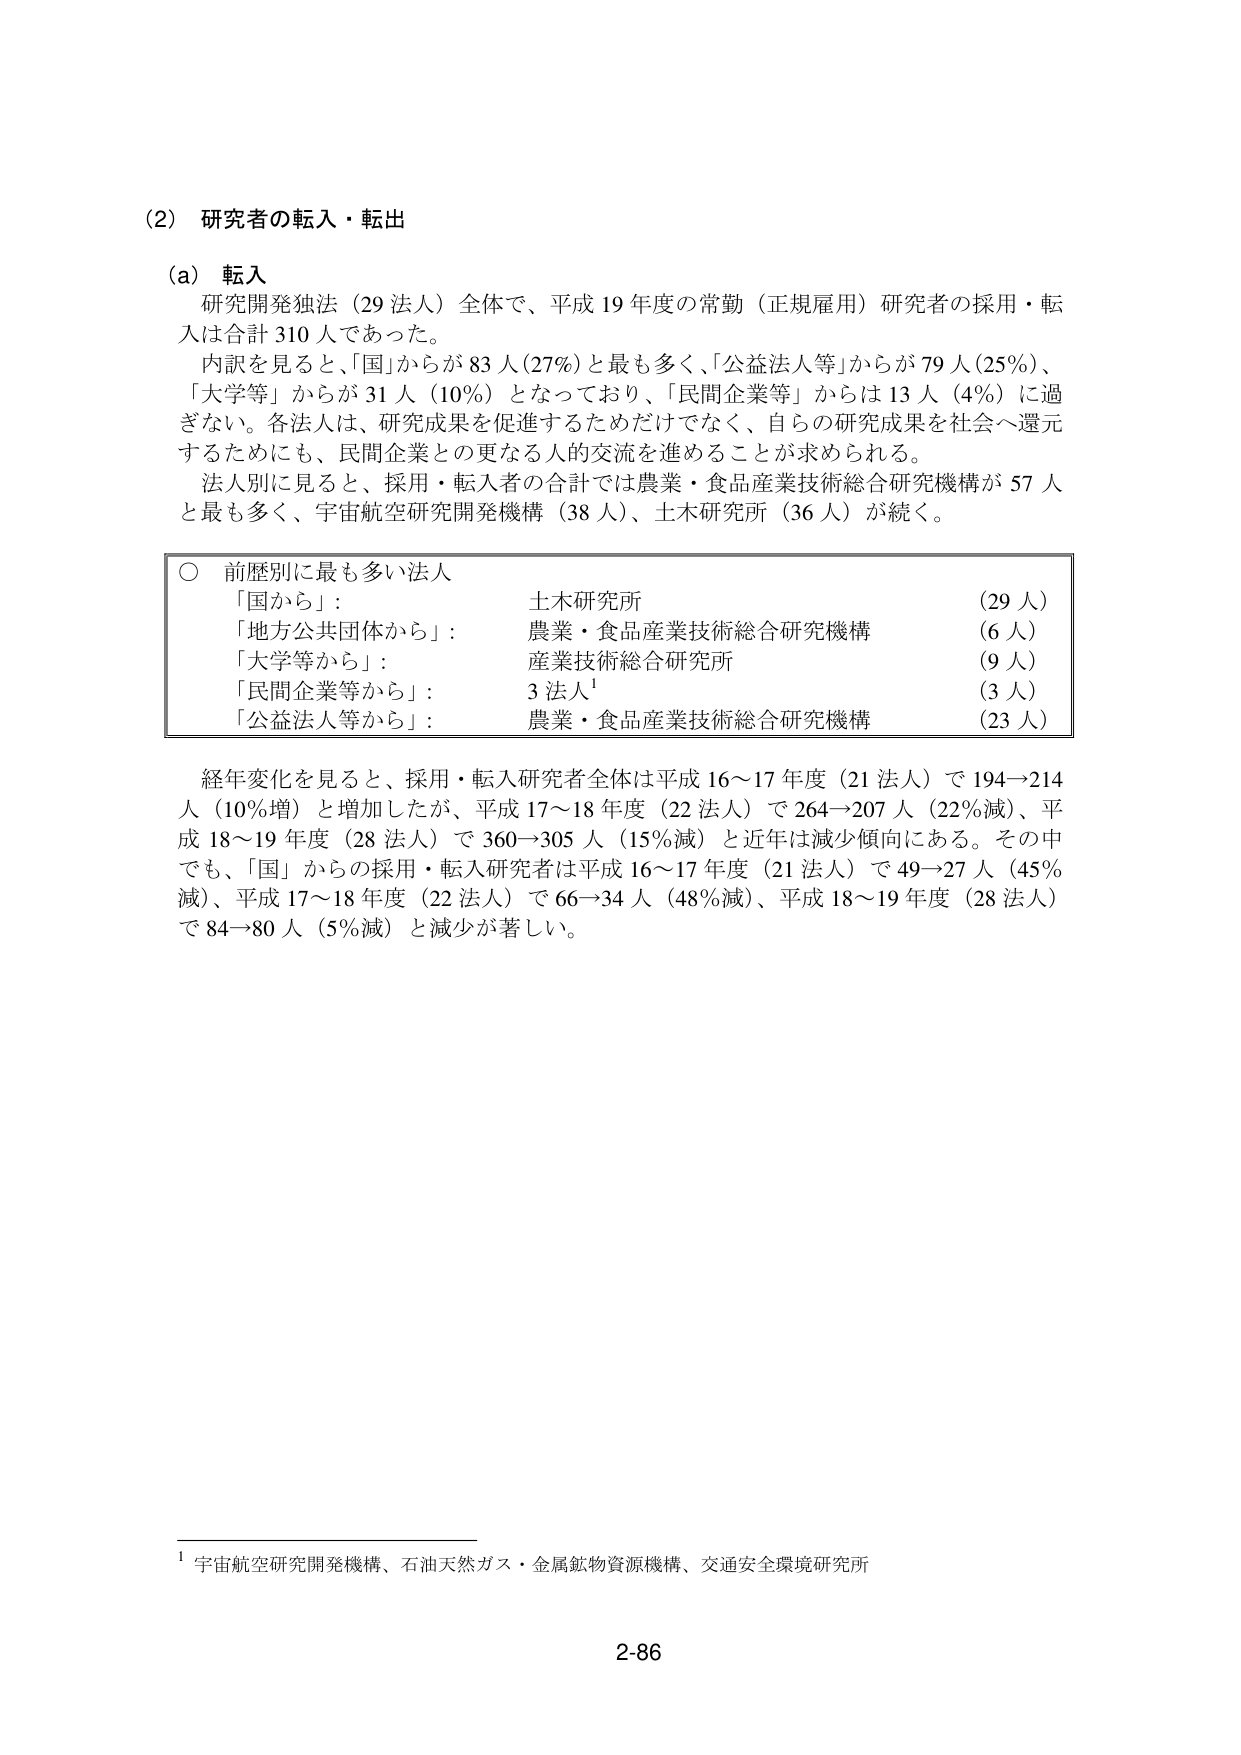
(2) 研究者の転入・転出

(a) 転入
研究開発独法（29法人）全体で、平成19年度の常勤（正規雇用）研究者の採用・転入は合計310人であった。
内訳を見ると、「国」からが83人（27%）と最も多く、「公益法人等」からが79人（25%）、「大学等」からが31人（10%）となっており、「民間企業等」からは13人（4%）に過ぎない。各法人は、研究成果を促進するためだけではなく、自らの研究成果を社会へ還元するためにも、民間企業との更なる人的交流を進めることが求められる。
法人別に見ると、採用・転入者の合計では農業・食品産業技術総合研究機構が57人と最も多く、宇宙航空研究開発機構（38人）、土木研究所（36人）が続く。

○ 前歴別に最も多い法人
「国から」： 土木研究所 （29人）
「地方公共団体から」： 農業・食品産業技術総合研究機構 （6人）
「大学等から」： 産業技術総合研究所 （9人）
「民間企業等から」： 3法人¹ （3人）
「公益法人等から」： 農業・食品産業技術総合研究機構 （23人）

経年変化を見ると、採用・転入研究者全体は平成16～17年度（21法人）で194→214人（10%増）と増加したが、平成17～18年度（22法人）で264→207人（22%減）、平成18～19年度（28法人）で360→305人（15%減）と近年は減少傾向にある。その中でも、「国」からの採用・転入研究者は平成16～17年度（21法人）で49→27人（45%減）、平成17～18年度（22法人）で66→34人（48%減）、平成18～19年度（28法人）で84→80人（5%減）と減少が著しい。

¹ 宇宙航空研究開発機構、石油天然ガス・金属鉱物資源機構、交通安全環境研究所

2-86